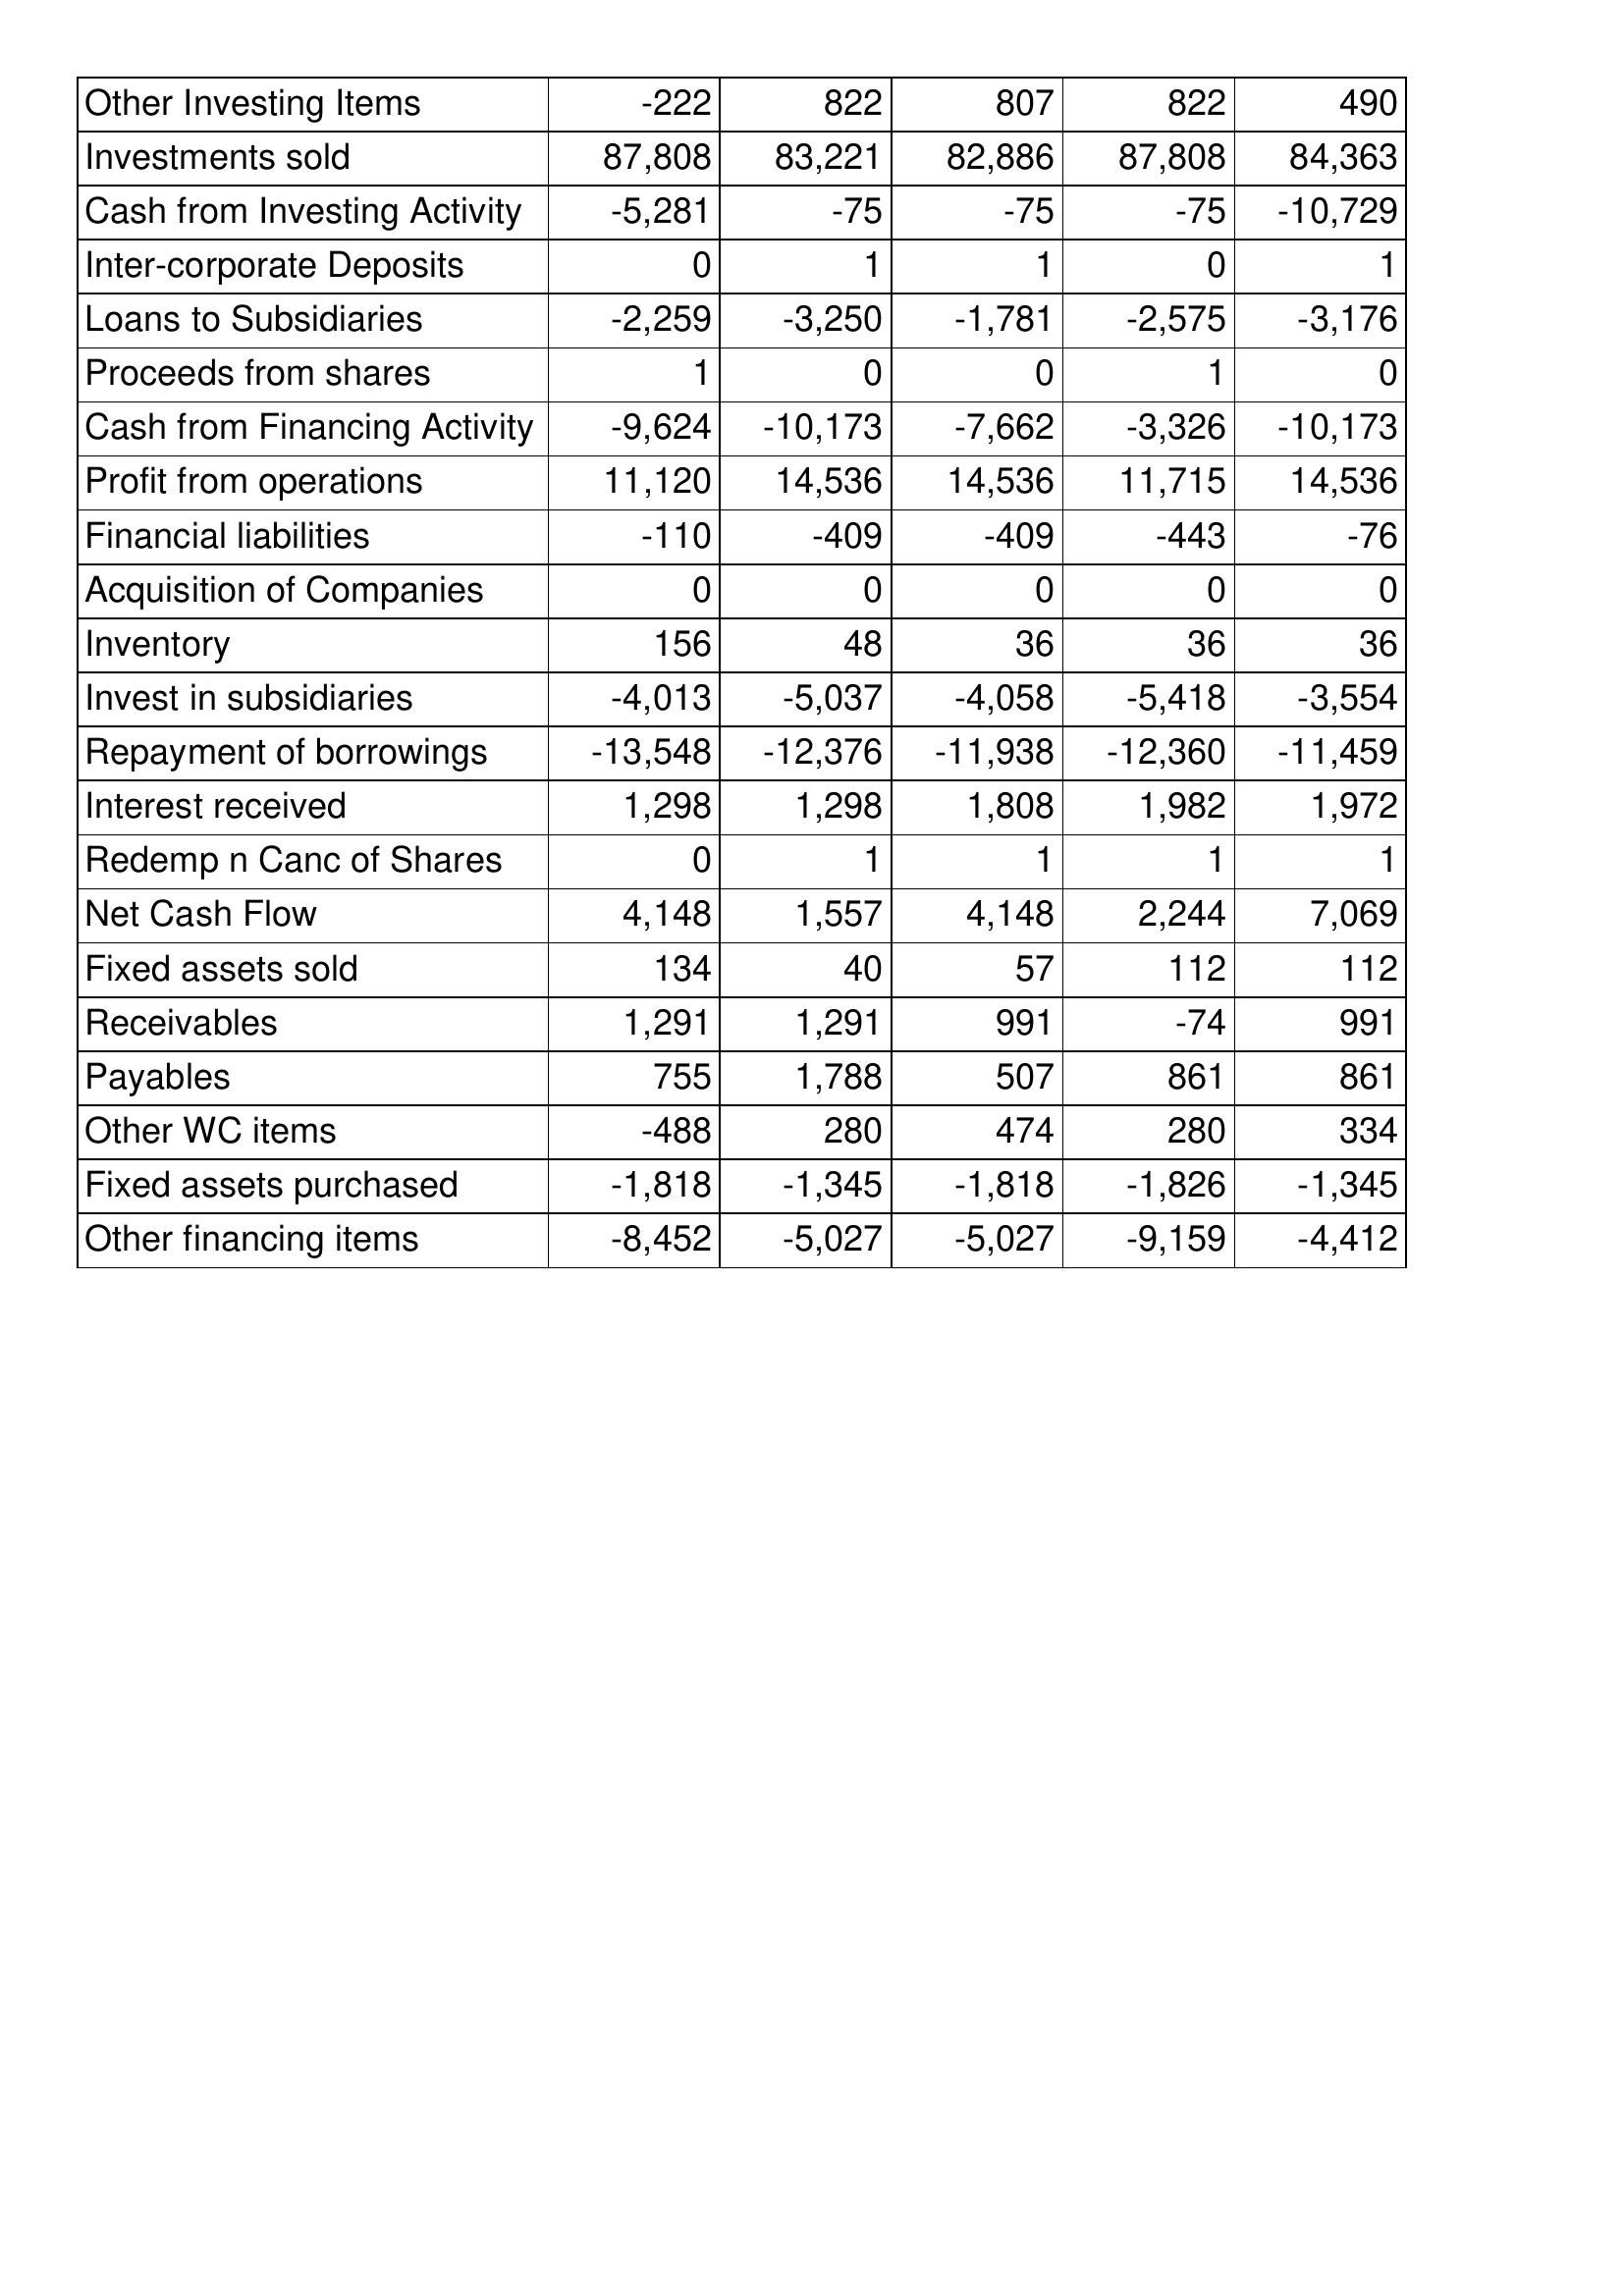
Dec-12: Cash Flows: Other Investing Items: -222
Investments sold: 87,808
Cash from Investing Activity: -5,281
Inter-corporate Deposits: 0
Loans to Subsidiaries: -2,259
Proceeds from shares: 1
Cash from Financing Activity: -9,624
Profit from operations: 11,120
Financial liabilities: -110
Acquisition of Companies: 0
Inventory: 156
Invest in subsidiaries: -4,013
Repayment of borrowings: -13,548
Interest received: 1,298
Redemp n Canc of Shares: 0
Net Cash Flow: 4,148
Fixed assets sold: 134
Receivables: 1,291
Payables: 755
Other WC items: -488
Fixed assets purchased: -1,818
Other financing items: -8,452
Dec-11: Cash Flows: Other Investing Items: 822
Investments sold: 83,221
Cash from Investing Activity: -75
Inter-corporate Deposits: 1
Loans to Subsidiaries: -3,250
Proceeds from shares: 0
Cash from Financing Activity: -10,173
Profit from operations: 14,536
Financial liabilities: -409
Acquisition of Companies: 0
Inventory: 48
Invest in subsidiaries: -5,037
Repayment of borrowings: -12,376
Interest received: 1,298
Redemp n Canc of Shares: 1
Net Cash Flow: 1,557
Fixed assets sold: 40
Receivables: 1,291
Payables: 1,788
Other WC items: 280
Fixed assets purchased: -1,345
Other financing items: -5,027
Dec-10: Cash Flows: Other Investing Items: 807
Investments sold: 82,886
Cash from Investing Activity: -75
Inter-corporate Deposits: 1
Loans to Subsidiaries: -1,781
Proceeds from shares: 0
Cash from Financing Activity: -7,662
Profit from operations: 14,536
Financial liabilities: -409
Acquisition of Companies: 0
Inventory: 36
Invest in subsidiaries: -4,058
Repayment of borrowings: -11,938
Interest received: 1,808
Redemp n Canc of Shares: 1
Net Cash Flow: 4,148
Fixed assets sold: 57
Receivables: 991
Payables: 507
Other WC items: 474
Fixed assets purchased: -1,818
Other financing items: -5,027
Dec-09: Cash Flows: Other Investing Items: 822
Investments sold: 87,808
Cash from Investing Activity: -75
Inter-corporate Deposits: 0
Loans to Subsidiaries: -2,575
Proceeds from shares: 1
Cash from Financing Activity: -3,326
Profit from operations: 11,715
Financial liabilities: -443
Acquisition of Companies: 0
Inventory: 36
Invest in subsidiaries: -5,418
Repayment of borrowings: -12,360
Interest received: 1,982
Redemp n Canc of Shares: 1
Net Cash Flow: 2,244
Fixed assets sold: 112
Receivables: -74
Payables: 861
Other WC items: 280
Fixed assets purchased: -1,826
Other financing items: -9,159
Dec-08: Cash Flows: Other Investing Items: 490
Investments sold: 84,363
Cash from Investing Activity: -10,729
Inter-corporate Deposits: 1
Loans to Subsidiaries: -3,176
Proceeds from shares: 0
Cash from Financing Activity: -10,173
Profit from operations: 14,536
Financial liabilities: -76
Acquisition of Companies: 0
Inventory: 36
Invest in subsidiaries: -3,554
Repayment of borrowings: -11,459
Interest received: 1,972
Redemp n Canc of Shares: 1
Net Cash Flow: 7,069
Fixed assets sold: 112
Receivables: 991
Payables: 861
Other WC items: 334
Fixed assets purchased: -1,345
Other financing items: -4,412